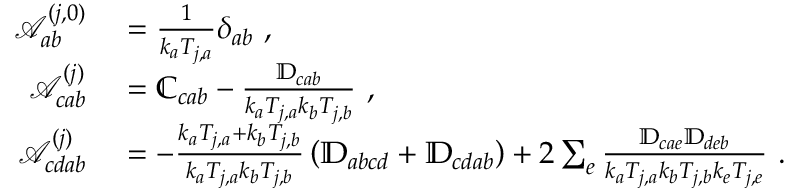
\begin{array} { r l } { \mathcal { A } _ { a b } ^ { ( j , 0 ) } } & { { } = \frac { 1 } { k _ { a } T _ { j , a } } \delta _ { a b } ~ , } \\ { \mathcal { A } _ { c a b } ^ { ( j ) } } & { { } = \mathbb { C } _ { c a b } - \frac { \mathbb { D } _ { c a b } } { k _ { a } T _ { j , a } k _ { b } T _ { j , b } } ~ , } \\ { \mathcal { A } _ { c d a b } ^ { ( j ) } } & { { } = - \frac { k _ { a } T _ { j , a } + k _ { b } T _ { j , b } } { k _ { a } T _ { j , a } k _ { b } T _ { j , b } } \left( \mathbb { D } _ { a b c d } + \mathbb { D } _ { c d a b } \right) + 2 \sum _ { e } \frac { \mathbb { D } _ { c a e } \mathbb { D } _ { d e b } } { k _ { a } T _ { j , a } k _ { b } T _ { j , b } k _ { e } T _ { j , e } } ~ . } \end{array}